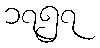
၁၇၅၇